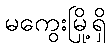
မကွေးမြို့ရှိ